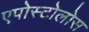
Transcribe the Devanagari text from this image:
एपोस्टोलोस